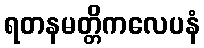
ရတနမတ္တိကလေပနံ